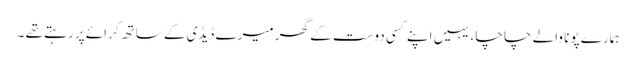
ہمارے پونا والے چا چا ، یہیں اپنے کسی دوست کے گھر میرے ڈیڈی کے ساتھ کرائے پر رہتے تھے ۔